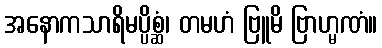
အနောကသာရိမပ္ပိစ္ဆံ၊ တမဟံ ဗြူမိ ဗြာဟ္မဏံ။